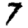
Digit: 7